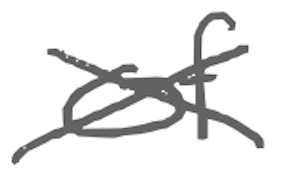
Text: of
Cross-out: cross
Writing tool: digital_gray